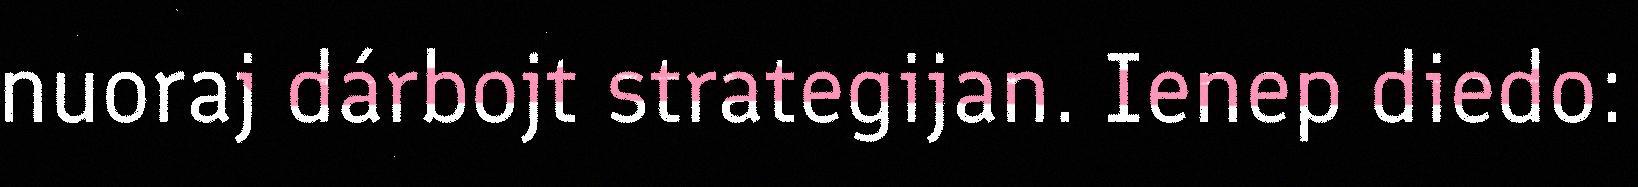
nuoraj dárbojt strategijan. Ienep diedo: